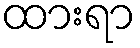
ထားရာ